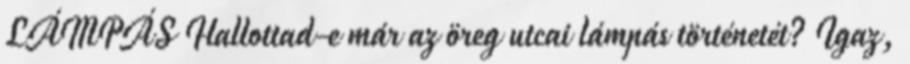
LÁMPÁS Hallottad-e már az öreg utcai lámpás történetét? Igaz,